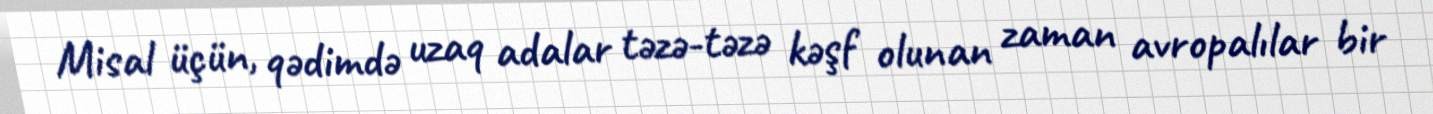
Misal üçün, qədimdə uzaq adalar təzə-təzə kəşf olunan zaman avropalılar bir